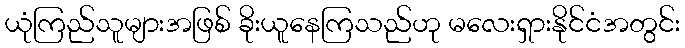
ယုံကြည်သူများအဖြစ် ခိုးယူနေကြသည်ဟု မလေးရှားနိုင်ငံအတွင်း